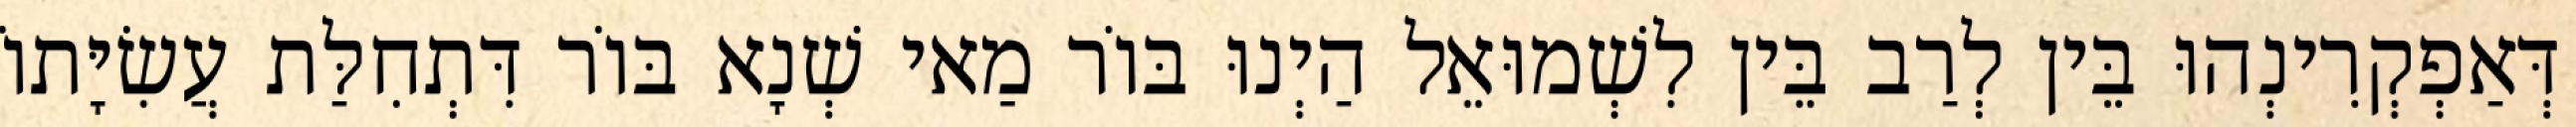
דְּאַפְקְרִינְהוּ בֵּין לְרַב בֵּין לִשְׁמוּאֵל הַיְנוּ בּוֹר מַאי שְׁנָא בּוֹר דִּתְחִלַּת עֲשִׂיָּתוֹ